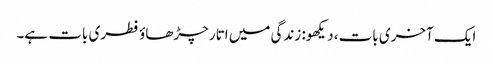
ایک آخری بات، دیکھو: زندگی میں اتار چڑھاؤ فطری بات ہے۔